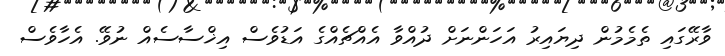
ވާރޭގައި ތެމެމުން ދިޔައިރު އަހަންނަށް ދުއްވާ އެއްޗެއްގެ އަޑުވެސް އިޚްސާސެއް ނުވޭ. އެހާވެސް